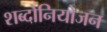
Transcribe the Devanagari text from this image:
शब्दोनियोजन